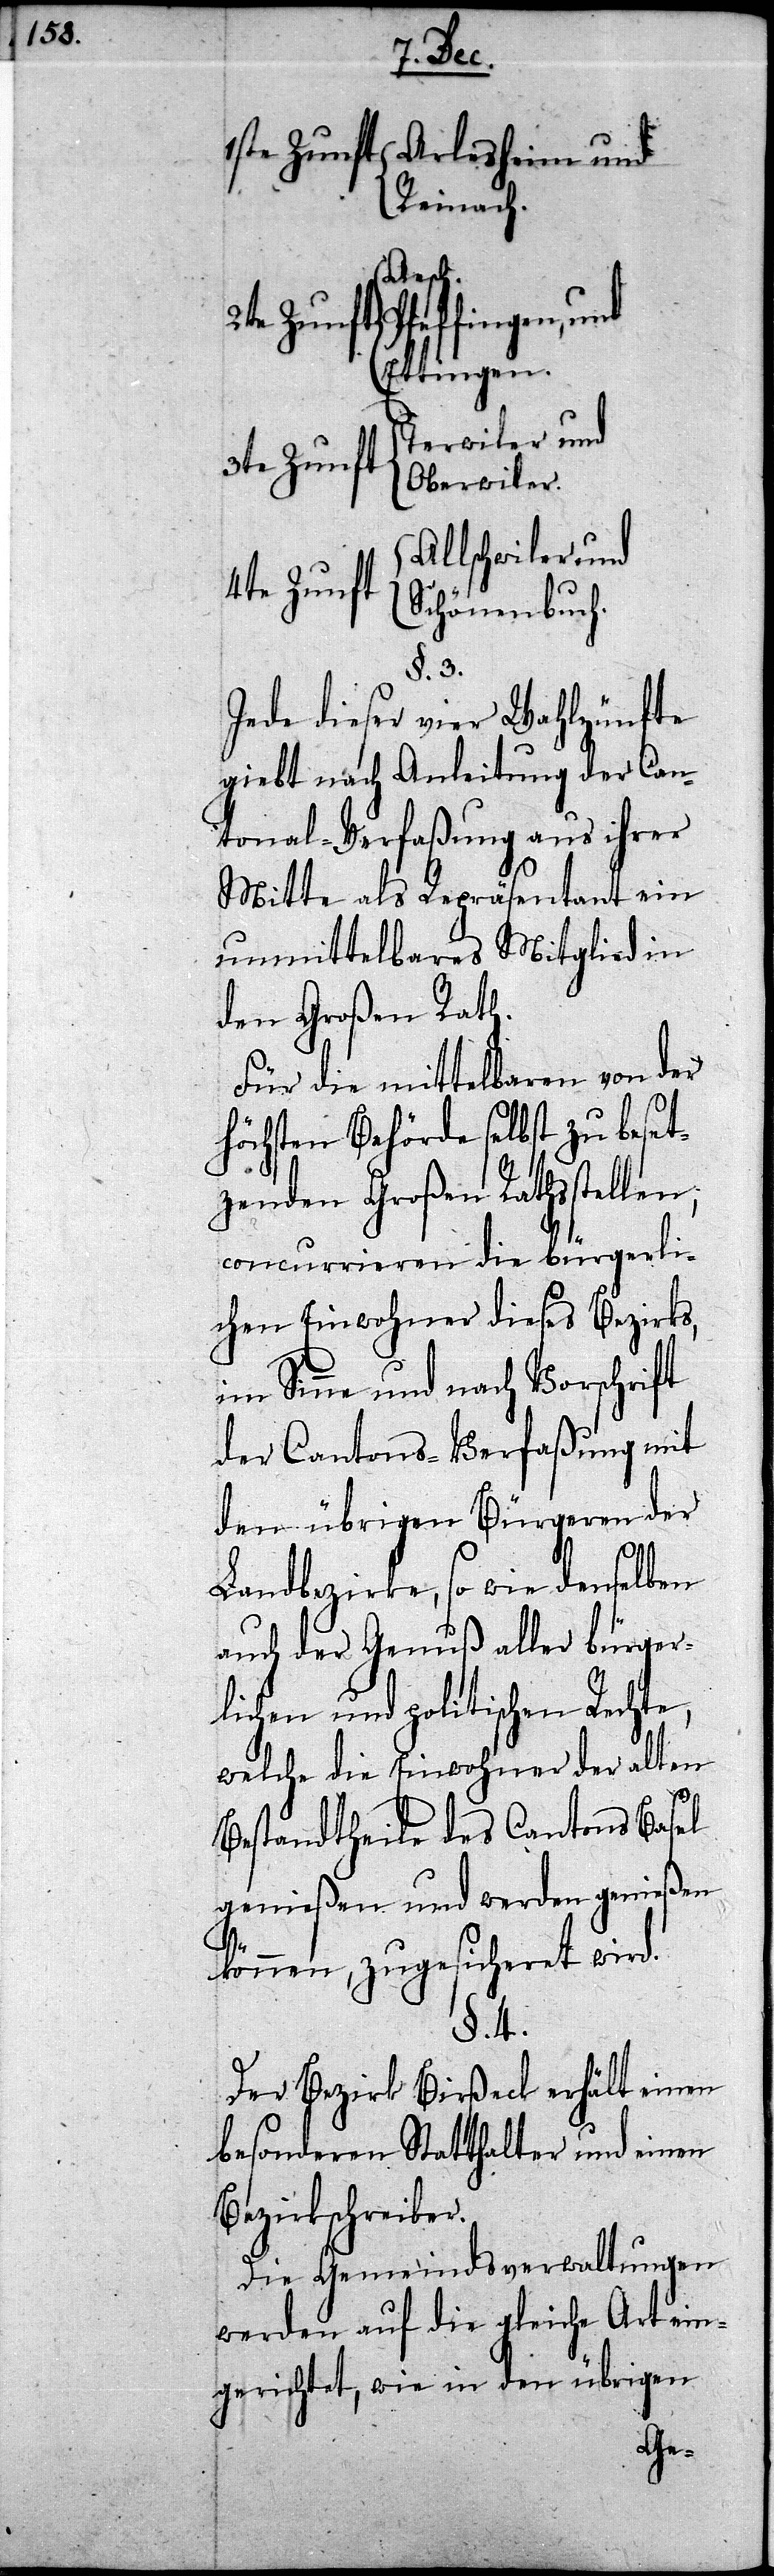
4te Zunft	Allschwiler und
Reinach.
t	Aesch,
Pfeffingen und
Ettingen.
erwiler und
3te Zunf¬
Oberwiler.
Schönenbuch.
§. 3.
Jede dieser vier Wahlzünfte
giebt nach Anleitung der Can¬
tonal-Verfaßung aus ihrer
Mitte als Repräsentant ein
unmittelbares Mitglied in
den Großen Rath.
Für die mittelbaren von der
höchsten Behörde selbst zu beset¬
zenden Großen Rathsstellen,
concurrieren die bürgerli¬
chen Einwohner dieses Bezirks,
im Sinne und nach Vorschrift
der Cantons-Verfaßung mit
den übrigen Bürgeren der
Landbezirke, so wie denselben
auch der Genuß aller bürger¬
lichen und politischen Rechte,
welche die Einwohner der alten
Bestandtheile des Cantons Basel
genießen und werden genießen
können, zugesicheret wird.
§. 4.
Der Bezirk Birßeck erhält einen
besonderen Statthalter und einen
Bezirksschreiber.
Die Gemeindsverwaltungen
werden auf die gleiche Art ein¬
gerichtet, wie in den übrigen